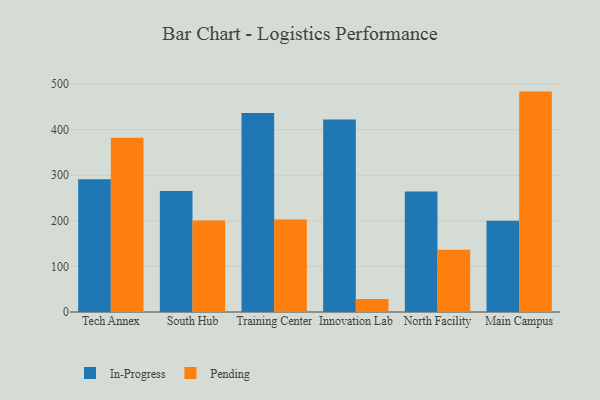
{"axis": {"x": "Campus", "y": "Latency (ms)"}, "legend": ["In-Progress", "Pending"], "data": [{"x": "Tech Annex", "y": 291.1, "type": "In-Progress"}, {"x": "Tech Annex", "y": 382.0, "type": "Pending"}, {"x": "South Hub", "y": 265.4, "type": "In-Progress"}, {"x": "South Hub", "y": 200.9, "type": "Pending"}, {"x": "Training Center", "y": 436.6, "type": "In-Progress"}, {"x": "Training Center", "y": 203.0, "type": "Pending"}, {"x": "Innovation Lab", "y": 422.5, "type": "In-Progress"}, {"x": "Innovation Lab", "y": 28.4, "type": "Pending"}, {"x": "North Facility", "y": 264.4, "type": "In-Progress"}, {"x": "North Facility", "y": 136.6, "type": "Pending"}, {"x": "Main Campus", "y": 200.3, "type": "In-Progress"}, {"x": "Main Campus", "y": 483.5, "type": "Pending"}]}